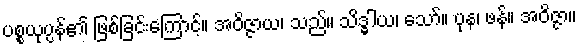
ပစ္စယုပ္ပန်၏ ဖြစ်ခြင်းကြောင့်။ အဝိဇ္ဇာယ၊ သည်။ သိဒ္ဓါယ၊ သော်။ ပုန၊ ဖန်။ အဝိဇ္ဇာ။